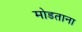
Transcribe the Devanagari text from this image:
मोडताना